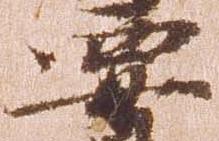
要